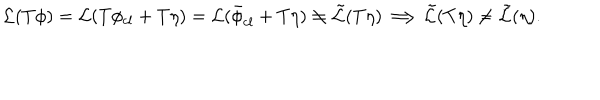
{ \cal { L } } ( T \phi ) = { \cal { L } } ( T \phi _ { c l } + T \eta ) = { \cal { L } } ( \bar { \phi } _ { c l } + T \eta ) \neq { \cal { \tilde { L } } } ( T \eta ) \Longrightarrow { \cal { \tilde { L } } } ( T \eta ) \neq { \cal { \tilde { L } } } ( \eta ) .